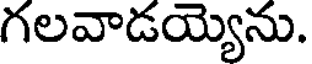
గలవాడయ్యెను.